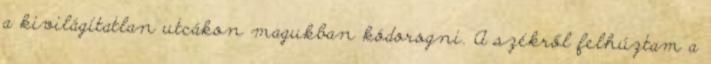
a kivilágítatlan utcákon magukban kódorogni. A székről felhúztam a